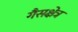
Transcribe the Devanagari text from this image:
गैसक्षेत्र